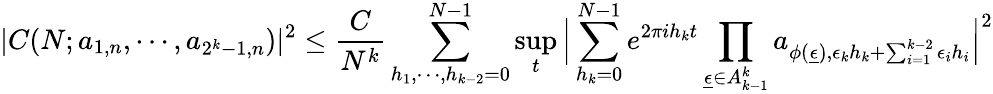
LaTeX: |C(N;a_{1,n},\cdots,a_{2^{k}-1,n})|^{2}\le\frac{C}{N^{k}}\sum_{h_{1},\cdots,h_{k-2}=0}^{N-1}\operatorname*{sup}_{t}\Big|\sum_{h_{k}=0}^{N-1}e^{2\pi ih_{k}t}\prod_{\underline{{\epsilon}}\in A_{k-1}^{k}}a_{\phi(\underline{{\epsilon}}),\epsilon_{k}h_{k}+\sum_{i=1}^{k-2}\epsilon_{i}h_{i}}\Big|^{2}